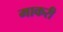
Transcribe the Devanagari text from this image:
माकरी